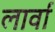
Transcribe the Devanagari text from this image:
लार्वां